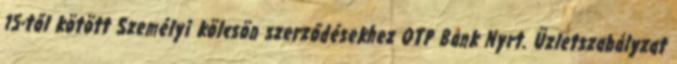
15-től kötött Személyi kölcsön szerződésekhez OTP Bank Nyrt. Üzletszabályzat